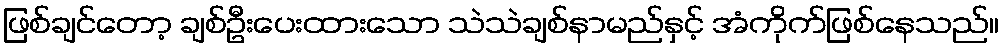
ဖြစ်ချင်တော့ ချစ်ဦးပေးထားသော သဲသဲချစ်နာမည်နှင့် အံကိုက်ဖြစ်နေသည်။